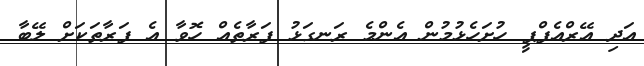
އަދި އޭރްއެފްޕީ ހުށަހެޅުމުން އެންމެ ރަނގަޅު ފަރާތެއް ހޮވާ އެ ފަރާތަކަށް ލޭބާ